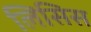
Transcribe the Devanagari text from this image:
लिसिस